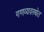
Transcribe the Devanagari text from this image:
गणव्यवस्थेत